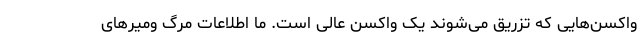
واکسن‌هایی که تزریق می‌شوند یک واکسن عالی است. ما اطلاعات مرگ‌ ومیرهای